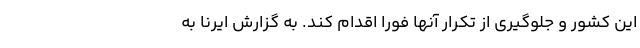
این کشور و جلوگیری از تکرار آنها فورا اقدام کند. به گزارش ایرنا به